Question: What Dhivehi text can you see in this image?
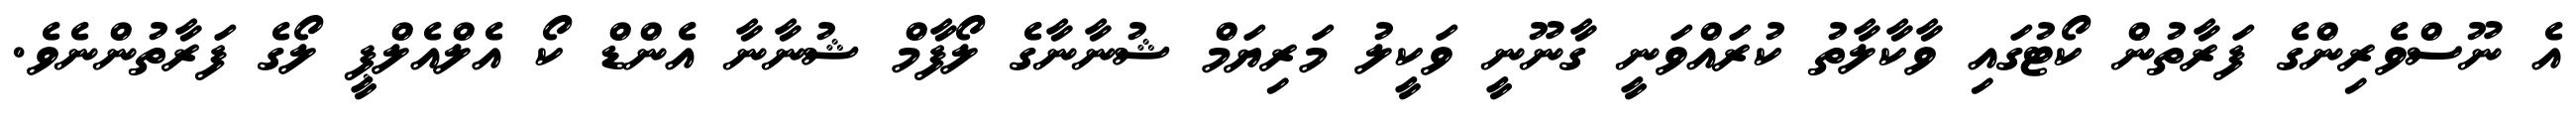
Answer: އެ ނޫސްވެރިންގެ ފަރާތުން ކޯޓުގައި ވާކާލާތު ކުރައްވަނީ ގާނޫނީ ވަކީލު މަރިޔަމް ޝުނާނާގެ ލޯފާމް ޝުނާނާ އެންޑް ކޯ އެލްއެލްޕީ ލޯގެ ފަރާތުންނެވެ.